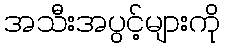
အသီးအပွင့်များကို